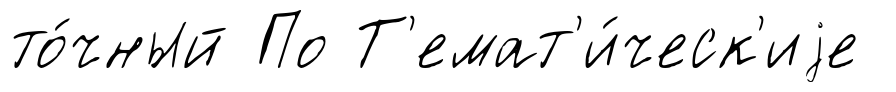
то́чный По Т'емат'и́ческ'иjе